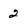
Character: 2